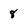
Character: 8